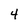
Character: 4